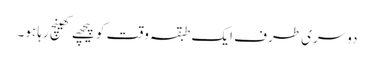
دوسری طرف ایک طبقہ وقت کو پیچھے کھینچ رہا ہو۔